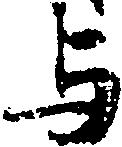
与